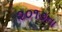
૨૦૧૭ના